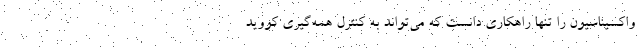
واکسیناسیون را تنها راهکاری دانست که می‌تواند به کنترل همه‌گیری کووید